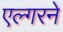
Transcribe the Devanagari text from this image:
एल्गरने